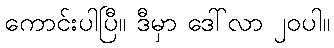
ကောင်းပါပြီ။ ဒီမှာ ဒေါ်လာ ၂၀ပါ။